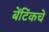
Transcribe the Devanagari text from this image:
बेंटिंकचे